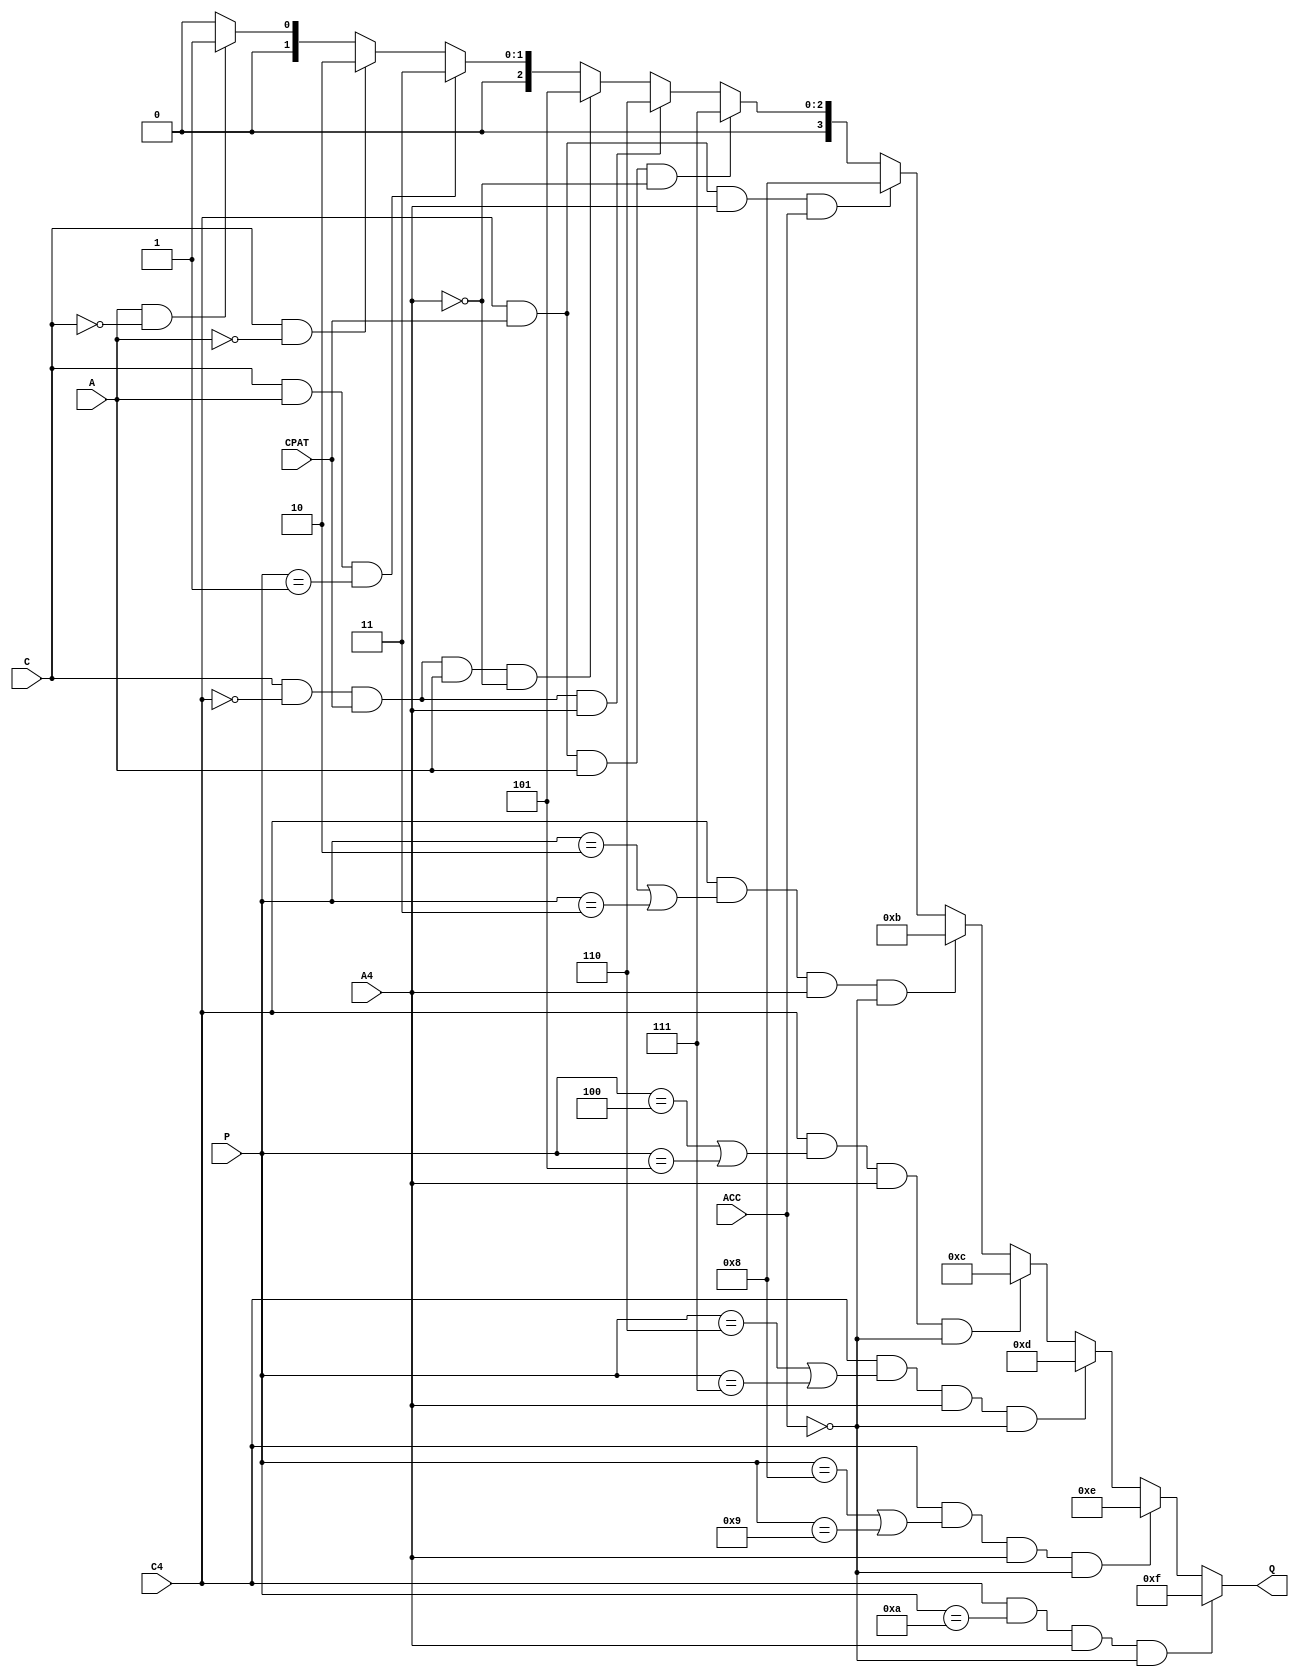
`timescale 1ns / 1ps
//-------------------------------------------------------------------------------------------------------------------
// LCT Quality
//
//	01/17/08 Initial
//	01/17/08 Q=4 reserved, Q=3-1 shifted down
//	Port to ISE 12
//-------------------------------------------------------------------------------------------------------------------
	module lct_quality (ACC,A,C,A4,C4,P,CPAT,Q);

// Ports
	input			ACC;		// ALCT accelerator muon bit
	input			A;			// bit: ALCT was found
	input			C;			// bit: CLCT was found
	input			A4;			// bit (N_A>=4), where N_A=number of ALCT layers
	input			C4;			// bit (N_C>=4), where N_C=number of CLCT layers
	input	[3:0]	P;			// 4-bit CLCT pattern number that is presently 1 for n-layer triggers, 2-10 for current patterns, 11-15 "for future expansion".
	input			CPAT;		// bit for cathode .pattern trigger., i.e. (P>=2 && P<=10) at present
	output	[3:0]	Q;			// 4-bit TMB quality output

// Quality-by-quality definition
	reg [3:0] Q;

	always @* begin
	if		(C4 && (P==10)        && A4 && !ACC)	Q=15;	// HQ muon, straight
	else if	(C4 && (P==8 || P==9) && A4 && !ACC)	Q=14;	// HQ muon, slight bend
	else if	(C4 && (P==6 || P==7) && A4 && !ACC)	Q=13;	// HQ muon, more	"
	else if	(C4 && (P==4 || P==5) && A4 && !ACC)	Q=12;	// HQ muon, more	"
	else if	(C4 && (P==2 || P==3) && A4 && !ACC)	Q=11;	// HQ muon, more	"
//													Q=10;	// reserved for HQ muons with future patterns
//													Q=9;	// reserved for HQ muons with future patterns
	else if	(C4 && CPAT           && A4 && ACC)		Q=8;	// HQ muon, but accel ALCT
	else if	(C4 && CPAT           &&  A && !A4)		Q=7;	// HQ cathode, but marginal anode
	else if	(C && !C4 && CPAT     && A4 )			Q=6;	// HQ anode, but marginal cathode
	else if	(C && !C4 && CPAT && A && !A4)			Q=5;	// marginal anode and cathode
//													Q=4;	// reserved for LQ muons with 2D information in the future
	else if	(C && A && (P==1))						Q=3;	// any match but layer CLCT
	else if	(C && !A)								Q=2;	// some CLCT, no ALCT (unmatched)
	else if	(A && !C)								Q=1;	// some ALCT, no CLCT (unmatched)
	else											Q=0;	// should never be assigned
	end

//-------------------------------------------------------------------------------------------------------------------
	endmodule
//-------------------------------------------------------------------------------------------------------------------